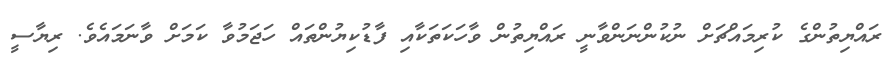
ރައްޔިތުންގެ ކުރިމައްޗަށް ނުކުންނަންވާނީ ރައްޔިތުން ވާހަކަތަކާއި ފާޑުކިޔުންތައް ހަޖަމުވާ ކަމަށް ވާނަމައެވެ. ރިޔާސީ